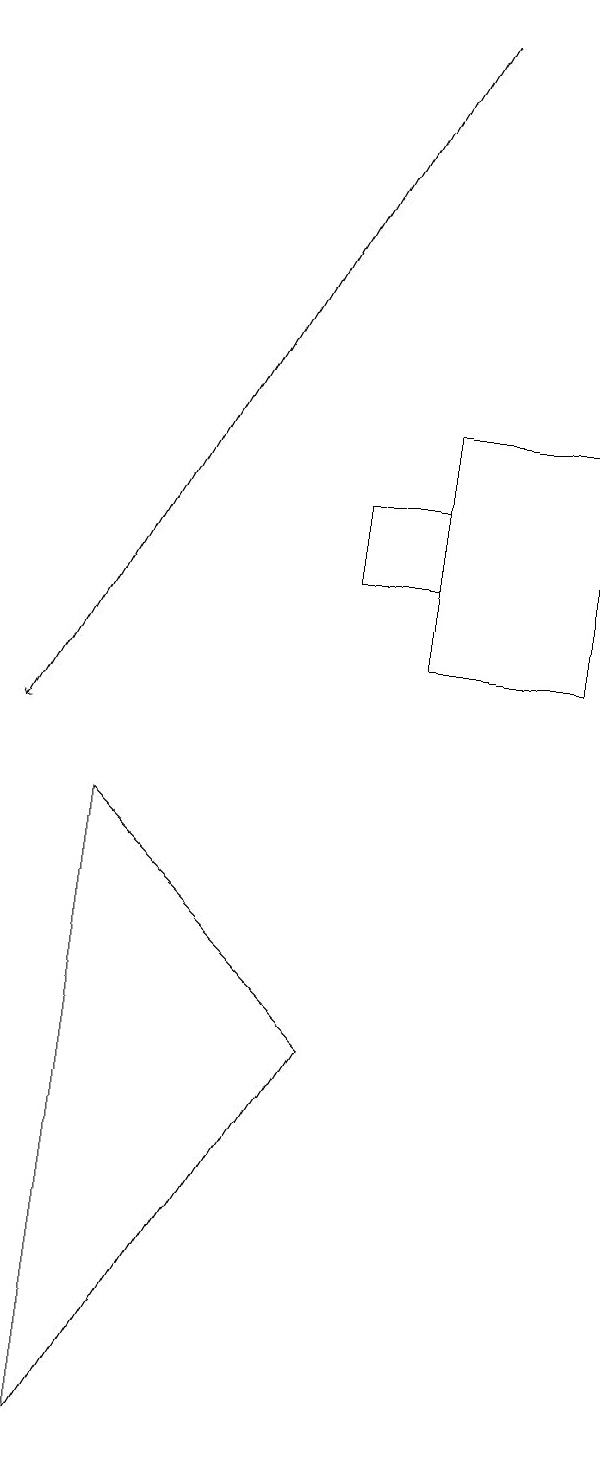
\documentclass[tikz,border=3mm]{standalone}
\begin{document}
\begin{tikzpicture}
\draw[->] (7,19) -- (2,10);
\draw (3,9) -- (3,1) -- (6,6) -- cycle;
\draw (6,13) rectangle (7,12);
\draw (7,14) rectangle (9,11);
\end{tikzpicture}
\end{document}